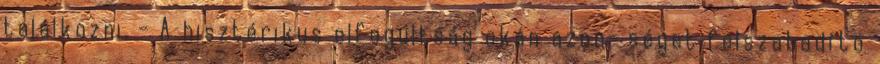
találkozni. - A hisztérikus elfogultság okán azon- séget felszabadító